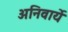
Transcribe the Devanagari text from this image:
अनिवार्ये